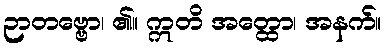
ဉာတဗ္ဗော၊ ၏။ ဣတိ အတ္ထော၊ အနက်။